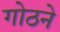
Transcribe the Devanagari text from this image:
गोठने